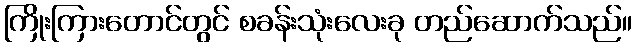
ကြိုးကြားတောင်တွင် စခန်းသုံးလေးခု တည်ဆောက်သည်။